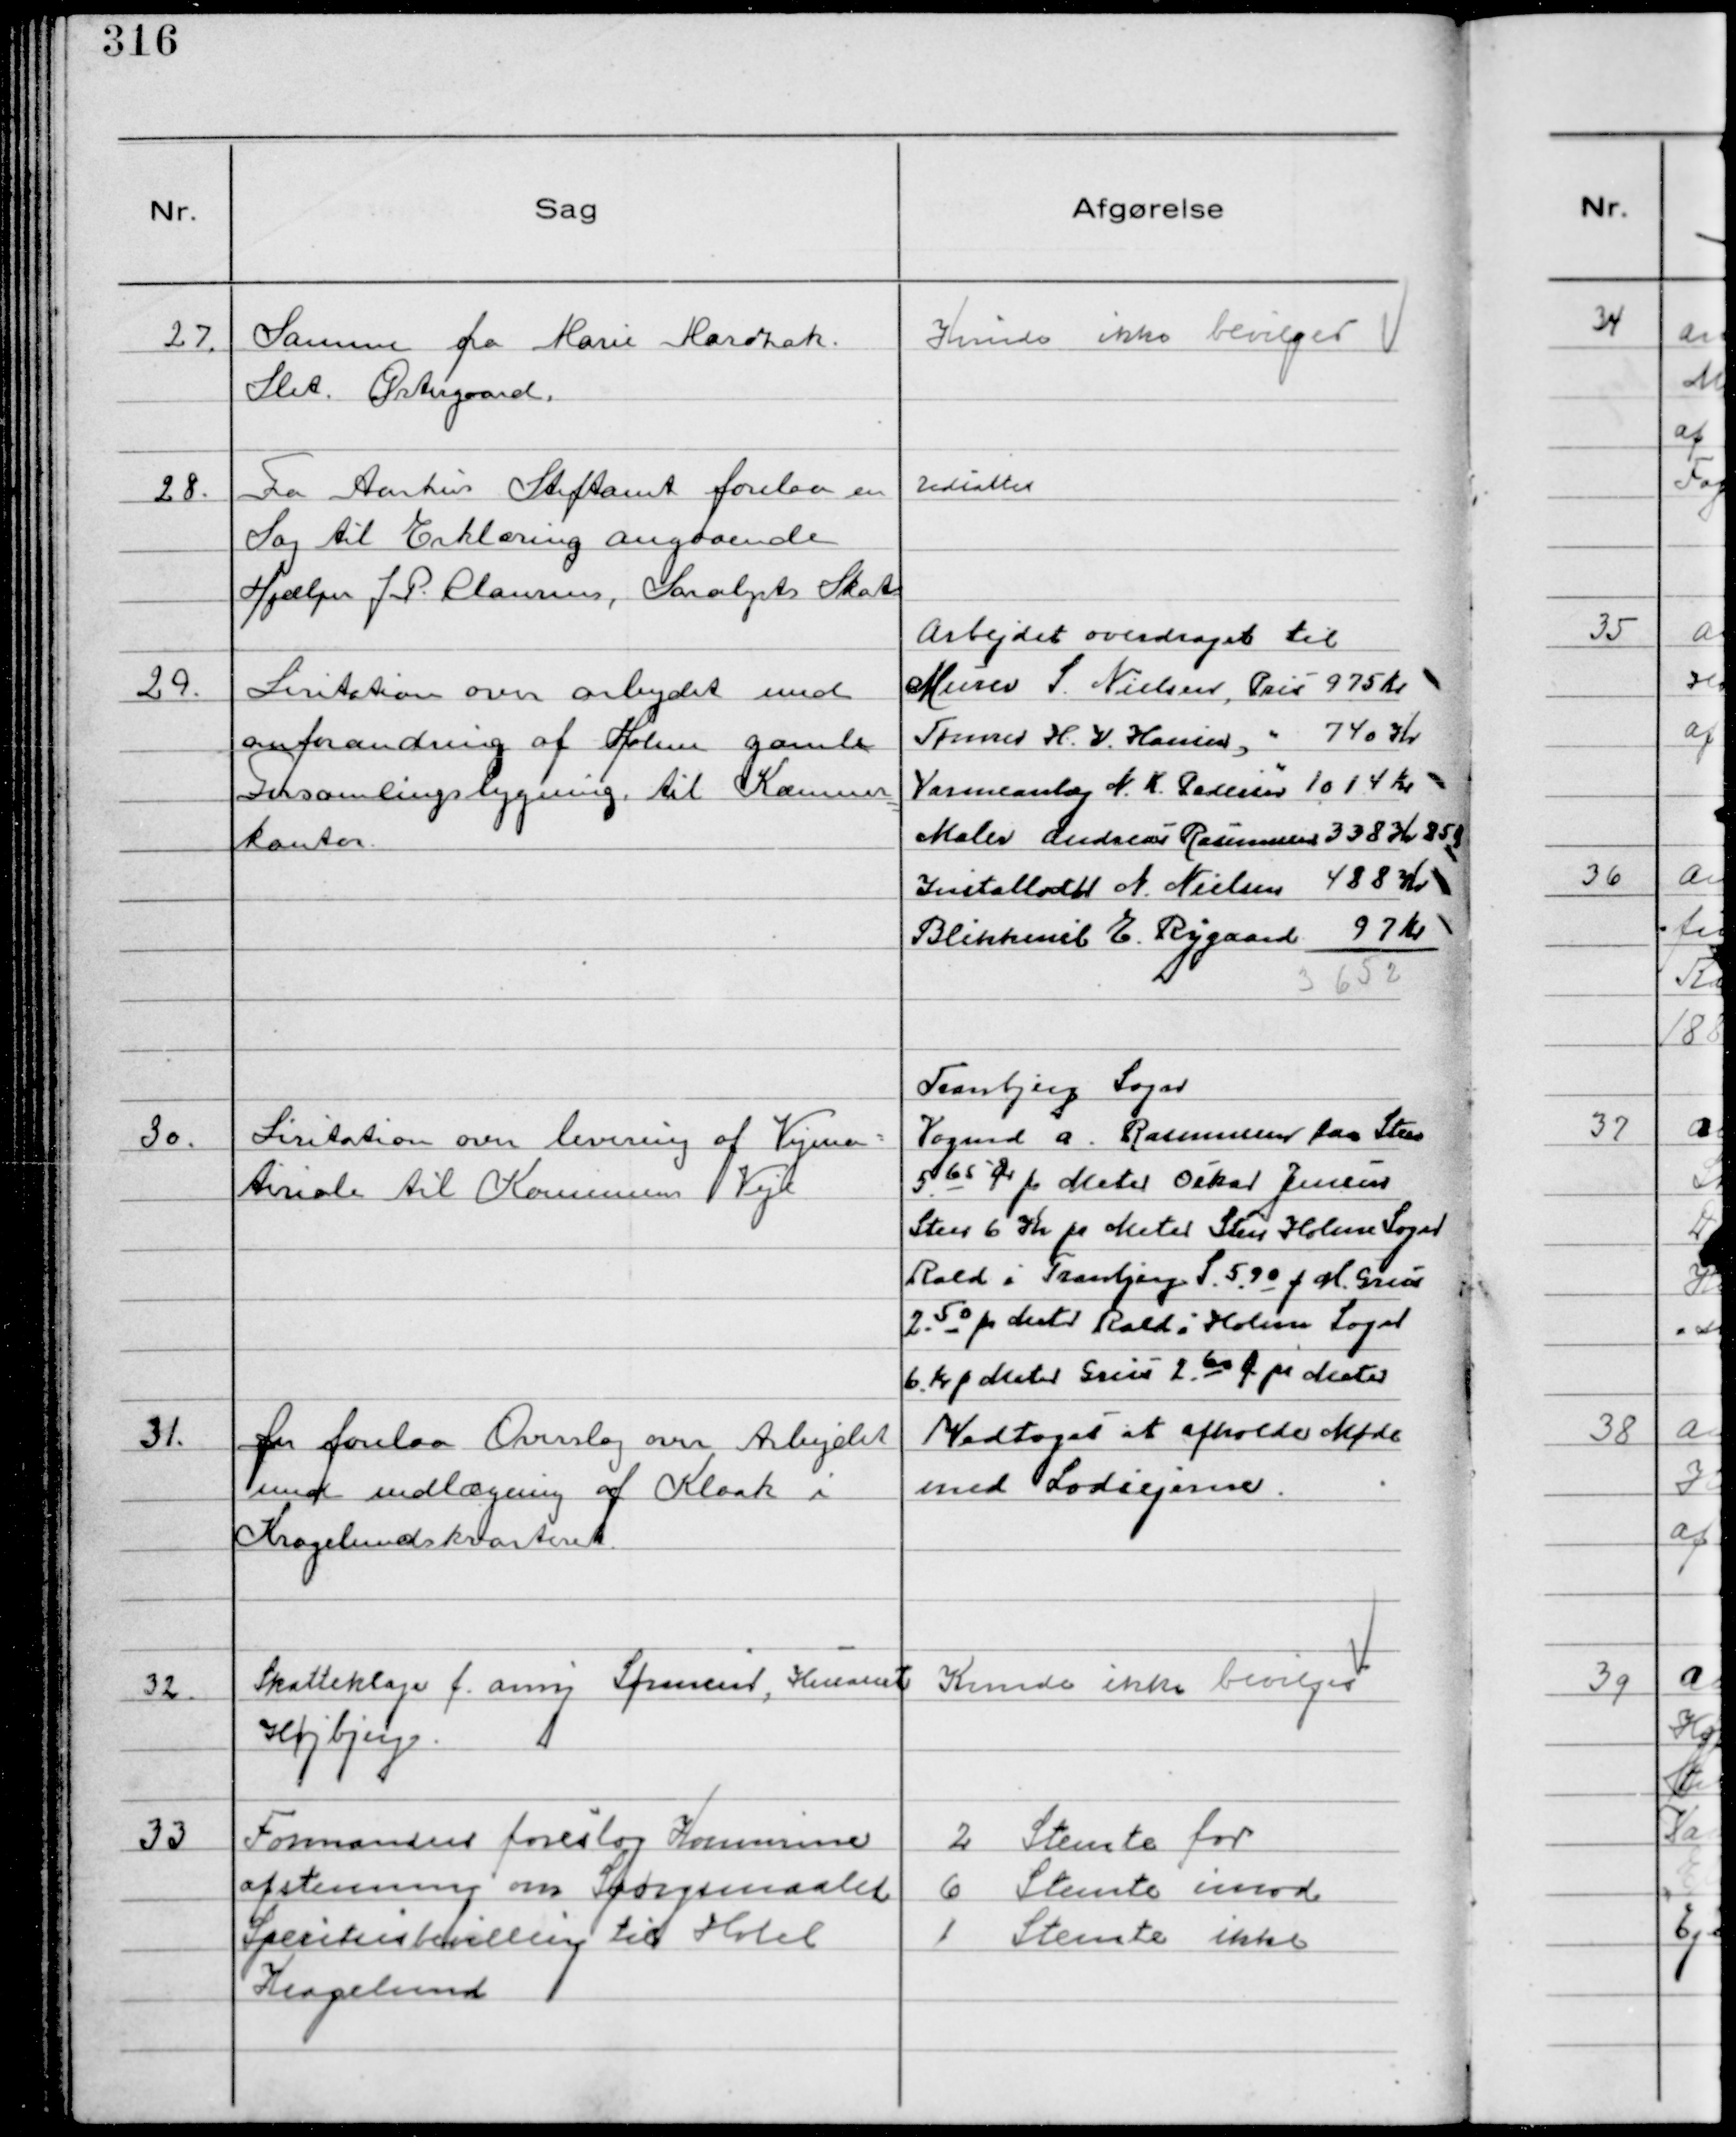
Transskription:
27.
Samme fra Marie Marezak
Slet. Østergaard.

Kunde ikke bevilges

28.
Fra Aarhus Stiftamt forelaa en
Sag til Erklæring angaaende
Hjælper J P. Clausens, Saralysts Skat

Udsattes

29.
Lisitation over arbejdet med
omforandring af Holme gamle
Forsamlingsbygning til Kæmner
kontor

Arbejdet overdraget til
Murer S. Nielsen, Pris 975 Kr
Tømrer H. V. Hansen, " 740 Kr
Varmeanlæg N. K. Pedersen " 1014 Kr
Maler Andreas Rasmussen 338 Kr 85 Ø
Installatør N. Nielsen 488 Kr
Blikkensl E. Rygaard 97 Kr
3652

30.
Lisitation over levering af Vejma-
teriale til Kommunens Veje

Tranbjerg Sogn
Vogmd A. Rasmussen for Sten
5.65 Ør pr Meter Oskar Jensen
Sten 6 Kr pr Meter Sten Holme Sogn
Rald i Tranbjerg S. 5.90 f M. Grus
2.50 pr Meter Rald i Holme Sogn
6. Kr pr Meter Grus 2. 60 Ør pr Meter

31.
Der forelaa Overslag over Arbejdet
med udlægning af Kloak i
Kragelundskvarteret.

Vedtoges at afholde Møde
med Lodsejerne.

32.
Skatteklage f. Anny Sørensen, Husasist
Højbjerg

Kunde ikke bevilges

33
Formanden foreslog Kommune
afstemning om Spørgsmaalet
Spiritusbevilling til Hotel
Kragelund

2 Stemte for
6 Stemte imod
1 Stemte ikke